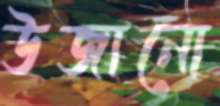
উজানো